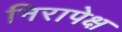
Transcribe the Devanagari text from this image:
निरापेक्ष